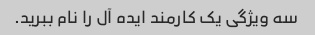
سه ویژگی یک کارمند ایده آل را نام ببرید.